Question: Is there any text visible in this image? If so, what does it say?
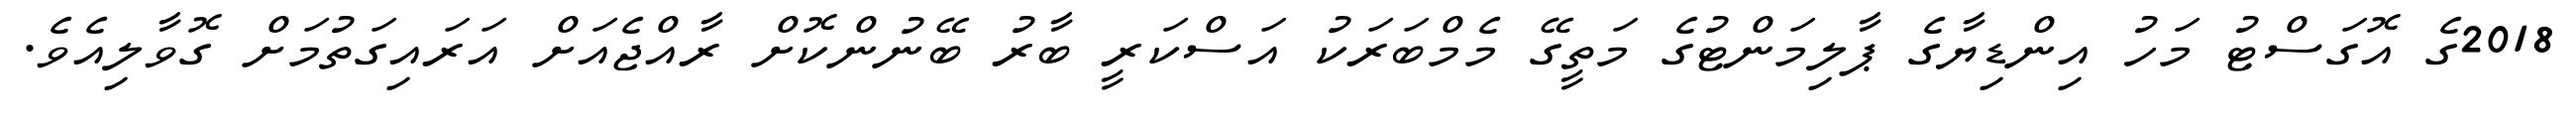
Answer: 2018ގެ އޮގަސްޓު މަހު އިންޑިޔާގެ ޕާލިމަންޓުގެ މަތީގޭ މެމްބަރަކު އަސްކަރީ ބާރު ބޭނުންކޮށް ރާއްޖެއަށް އަރައިގަތުމަށް ގޮވާލިއެވެ.